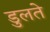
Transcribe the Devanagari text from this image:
डुलते